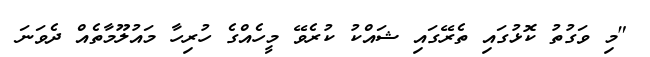
"މި ވަގުތު ކޮޅުގައި ތެރޭގައި ޝައްކު ކުރެވޭ މީހެއްގެ ހުރިހާ މައުލޫމާތެއް ދެވަނަ